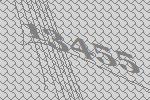
13455